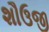
શૌઉજી